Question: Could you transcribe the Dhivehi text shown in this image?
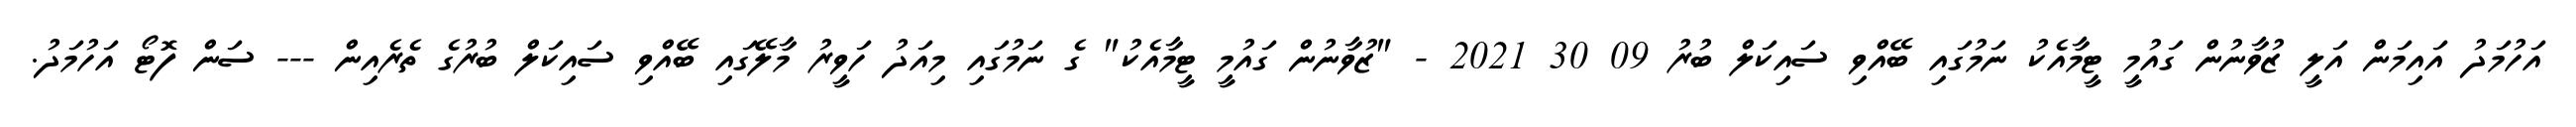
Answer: އަހުމަދު އައިމަން އަލީ ޒުވާނުން ގައުމީ ޓީމާއެކު ނަމުގައި ބޭއްވި ސައިކަލް ބުރު 09 30 2021 - "ޒުވާނުން ގައުމީ ޓީމާއެކު" ގެ ނަމުގައި މިއަދު ހަވީރު މާލޭގައި ބޭއްވި ސައިކަލް ބުރުގެ ތެރެއިން --- ސަން ފޮޓޯ އަހުމަދު.